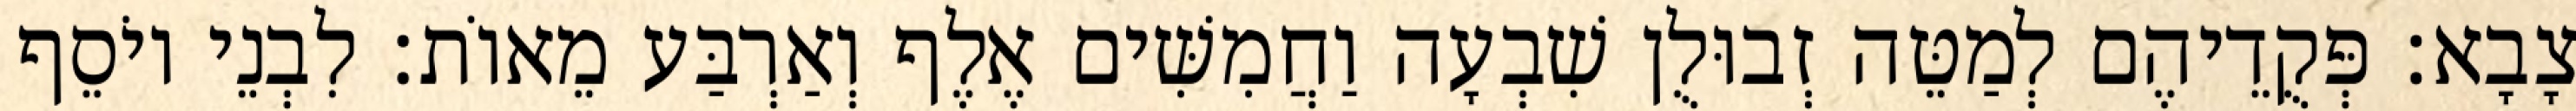
צָבָא׃ פְּקֻדֵיהֶם לְמַטֵּה זְבוּלֻן שִׁבְעָה וַחֲמִשִּׁים אֶלֶף וְאַרְבַּע מֵאוֹת׃ לִבְנֵי יוֹסֵף